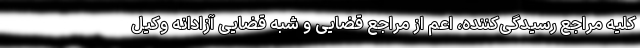
کلیه مراجع رسیدگی‌کننده، اعم از مراجع قضایی و شبه قضایی آزادانه وکیل